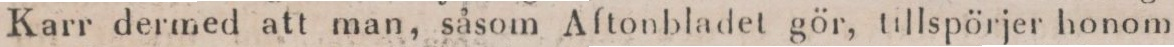
Karr dermed att man, såsom Aftonbladet gör, tillspörjer honom